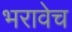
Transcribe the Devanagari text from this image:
भरावेच